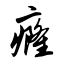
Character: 癃